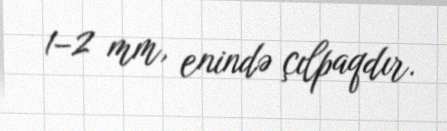
1–2 mm, enində çılpaqdır.